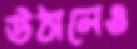
উঠালেও